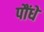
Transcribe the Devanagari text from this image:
पौंधे